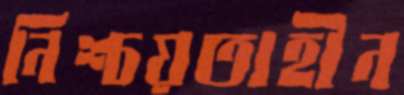
নিশ্চয়তাহীন